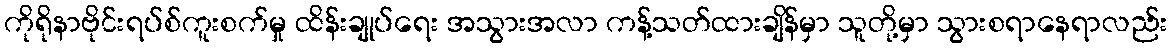
ကိုရိုနာဗိုင်းရပ်စ်ကူးစက်မှု ထိန်းချုပ်ရေး အသွားအလာ ကန့်သတ်ထားချိန်မှာ သူတို့မှာ သွားစရာနေရာလည်း